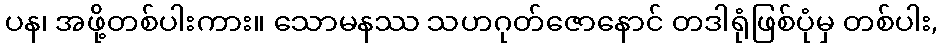
ပန၊ အဖို့တစ်ပါးကား။ သောမနဿ သဟဂုတ်ဇောနောင် တဒါရုံဖြစ်ပုံမှ တစ်ပါး,